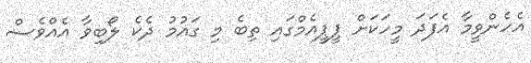
އެހެންވީމާ އެފަދަ މީހަކަށް ޕީޕީއެމްގައި ތިބެ މި ގައުމު ދެކެ ލޯބިވާ އެއްވެސް